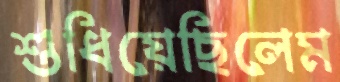
শুধিয়েছিলেম